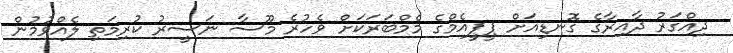
ދިއްގަރު ދާއިރާގެ ގޮނޑިއަށް ޕީޕީއެމްގެ މެމްބަރަކަށް ވެހުރެ މޫސާ ނަސީރު ކުރިމަތި ލެއްވުމުން